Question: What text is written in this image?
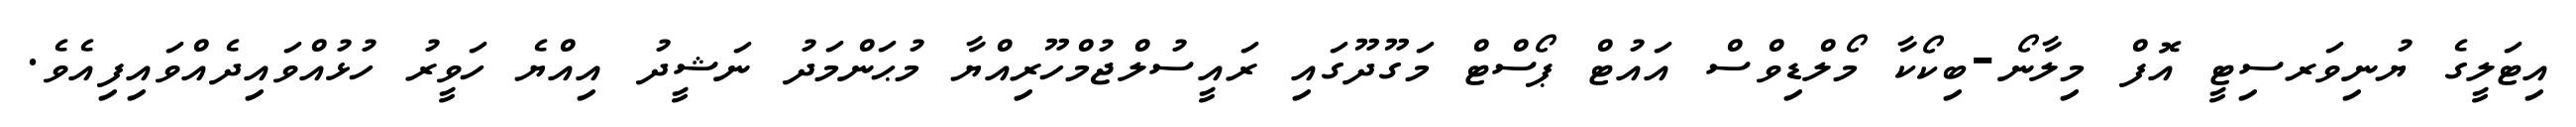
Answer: އިޓަލީގެ ޔުނިވަރސިޓީ އޮފް މިލާނޯ-ބިކޯކާ މޯލްޑިވްސް އައުޓް ޕޯސްޓް މަގޫދޫގައި ރައީސުލްޖުމްހޫރިއްޔާ މުޙަންމަދު ނަޝީދު އިއްޔެ ހަވީރު ހުޅުއްވައިދެއްވައިފިއެވެ.